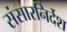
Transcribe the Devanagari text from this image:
संसारनिर्देश